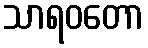
သာရဝတော